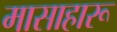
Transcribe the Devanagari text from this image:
मासाहारू